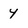
Character: 4